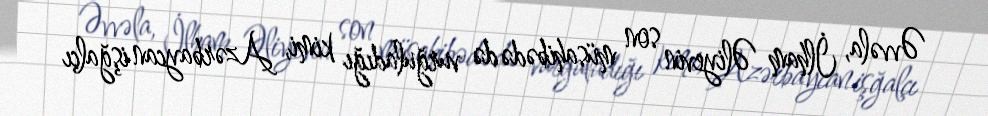
Əvvəla, İlham Əliyevin son müsahibədə də vurğuladığı kimi, Azərbaycan işğalçı